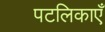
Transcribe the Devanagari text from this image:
पटलिकाएँ